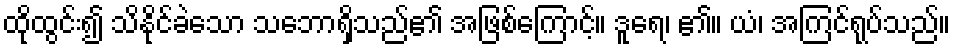
ထိုထွင်း၍ သိနိုင်ခဲသော သဘောရှိသည်၏ အဖြစ်ကြောင့်။ ဒူရေ၊ ၏။ ယံ၊ အကြင်ရုပ်သည်။